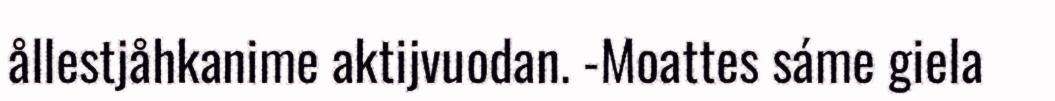
ållestjåhkanime aktijvuodan. -Moattes sáme giela